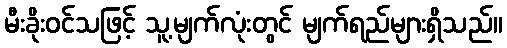
မီးခိုးဝင်သဖြင့် သူ့မျက်လုံးတွင် မျက်ရည်များရှိသည်။